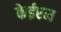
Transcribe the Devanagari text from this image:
केईएम